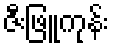
ဇီးဖြူကုန်း